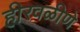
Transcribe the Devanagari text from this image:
हीरवळीणे